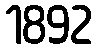
1892